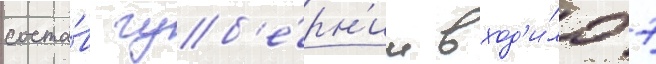
соста́в губ'е́рн'ии вход'и́ло 7